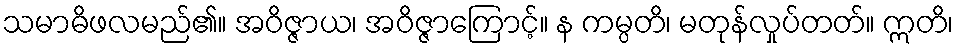
သမာဓိဖလမည်၏။ အဝိဇ္ဇာယ၊ အဝိဇ္ဇာကြောင့်။ န ကမ္ပတိ၊ မတုန်လှုပ်တတ်။ ဣတိ၊